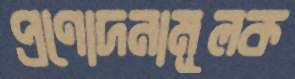
প্রণোদনামূলক